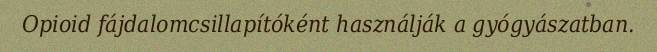
Opioid fájdalomcsillapítóként használják a gyógyászatban.